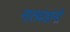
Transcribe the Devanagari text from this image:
नातवंडांनी